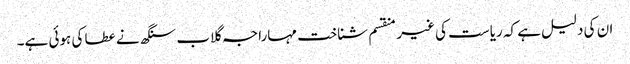
ان کی دلیل ہے کہ ریاست کی غیر منقسم شناخت مہاراجہ گلاب سنگھ نے عطا کی ہوئی ہے۔